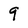
Character: 9